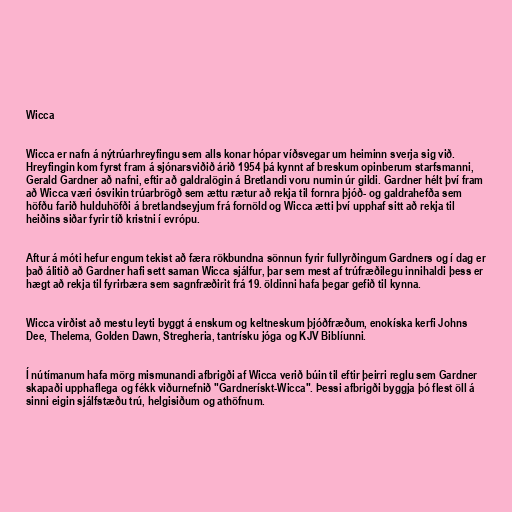
Wicca

Wicca er nafn á nýtrúarhreyfingu sem alls konar hópar víðsvegar um heiminn sverja sig við.
Hreyfingin kom fyrst fram á sjónarsviðið árið 1954 þá kynnt af breskum opinberum starfsmanni,
Gerald Gardner að nafni, eftir að galdralögin á Bretlandi voru numin úr gildi. Gardner hélt því fram
að Wicca væri ósvikin trúarbrögð sem ættu rætur að rekja til fornra þjóð- og galdrahefða sem
höfðu farið hulduhöfði á bretlandseyjum frá fornöld og Wicca ætti því upphaf sitt að rekja til
heiðins siðar fyrir tíð kristni í evrópu.

Aftur á móti hefur engum tekist að færa rökbundna sönnun fyrir fullyrðingum Gardners og í dag er
það álitið að Gardner hafi sett saman Wicca sjálfur, þar sem mest af trúfræðilegu innihaldi þess er
hægt að rekja til fyrirbæra sem sagnfræðirit frá 19. öldinni hafa þegar gefið til kynna.

Wicca virðist að mestu leyti byggt á enskum og keltneskum þjóðfræðum, enokíska kerfi Johns
Dee, Thelema, Golden Dawn, Stregheria, tantrísku jóga og KJV Biblíunni.

Í nútímanum hafa mörg mismunandi afbrigði af Wicca verið búin til eftir þeirri reglu sem Gardner
skapaði upphaflega og fékk viðurnefnið "Gardnerískt-Wicca". Þessi afbrigði byggja þó flest öll á
sinni eigin sjálfstæðu trú, helgisiðum og athöfnum.